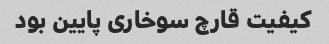
کیفیت قارچ سوخاری پایین بود